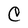
Character: C